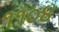
૧૧૦૪